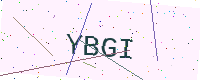
Text: YBGI